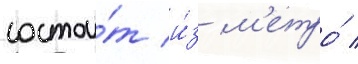
состои́т и́з м'етро́ /